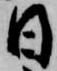
日